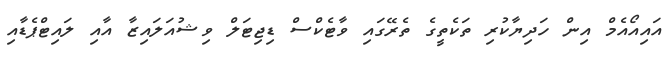
އައިއޯއެމް އިން ހަދިޔާކުރި ތަކެތީގެ ތެރޭގައި ވާޓެކްސް ޑިޖިޓަލް ވިޝުއަލައިޒާ އާއި ލައިޓްޕެޑާއި